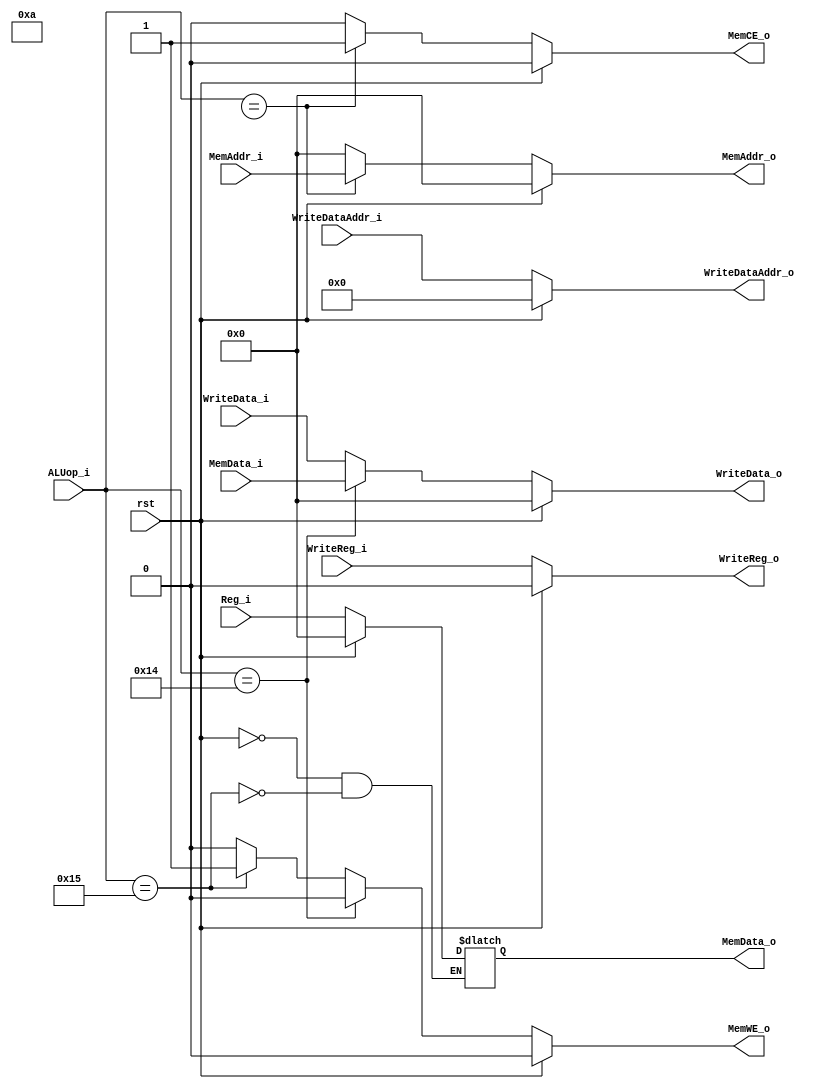
module MEM(

    input   wire        rst,
    input   wire        WriteReg_i,
    input   wire[4:0]   WriteDataAddr_i,
    input   wire[4:0]   ALUop_i,
    input   wire[31:0]  WriteData_i,
    input   wire[31:0]  MemAddr_i,
    input   wire[31:0]  Reg_i,
    input   wire[31:0]  MemData_i,
    output  wire        MemWE_o,
    output  reg         WriteReg_o,
    output  reg         MemCE_o,
    output  reg [4:0]   WriteDataAddr_o,
    output  reg [31:0]  WriteData_o,
    output  reg [31:0]  MemAddr_o,
    output  reg [31:0]  MemData_o

);

    reg mem_we;
    assign MemWE_o = mem_we;


 //controls the signal WriteDataAddr_o.
  
always @ (*) begin
    if (rst)
        WriteDataAddr_o <= 5'b0;
    else
        WriteDataAddr_o <= WriteDataAddr_i;
end


 //controls the signal WriteReg_o.

always @ (*) begin
    if (rst)
        WriteReg_o <= 1'b0;
    else
        WriteReg_o <= WriteReg_i;
end


 //controls the signal MemData_o.
 
always @ (*) begin
    if (rst)
        MemData_o <= 32'b0;
    else if (ALUop_i == 5'b10101)  // sw
        MemData_o <= Reg_i;
end


 //controls the signal WriteData_o.
 
always @ (*) begin
    if (rst)
        WriteData_o <= 32'b0;
    else begin
        WriteData_o <= WriteData_i;
        if (ALUop_i == 5'b10100)  // lw
            WriteData_o <= MemData_i;
    end
end


 //controls the signal MemAddr_o.
 
always @ (*) begin
    if (rst)
        MemAddr_o <= 32'b0;
    else begin
        if (ALUop_i == 5'b1010x)  // lw or sw
            MemAddr_o <= MemAddr_i;
        else
            MemAddr_o <= 32'b0;
    end
end


 //controls the signal MemCE_o.
 
always @ (*) begin
    if (rst)
        MemCE_o <= 1'b0;
    else begin
        if (ALUop_i == 5'b1010x)  // lw or sw
            MemCE_o <= 1'b1;
        else
            MemCE_o <= 1'b0;
    end
end


 //controls the signal mem_we.
  
always @ (*) begin
    if (rst)
        mem_we <= 1'b0;
    else begin
        if (ALUop_i == 5'b10100)  // lw
            mem_we <= 1'b0;
        else if (ALUop_i == 5'b10101)  // sw
            mem_we <= 1'b1;
        else
            mem_we <= 1'b0;
    end
end

endmodule